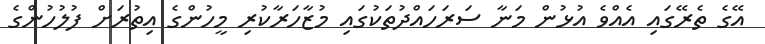
އޭގެ ތެރޭގައި އެއްވެ އުޅުން މަނާ ސަރަހައްދުތަކުގައި މުޒާހަރާކުރި މީހުންގެ އިތުރަށް ފުލުހުންގެ